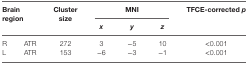
<table><thead><tr><td rowspan="2" colspan="2"><b>Brain region</b></td><td rowspan="2"><b>Cluster size</b></td><td colspan="3"><b>MNI</b></td><td rowspan="2"><b>TFCE-corrected <i>p</i></b></td></tr><tr><td><b><i>x</i></b></td><td><b><i>y</i></b></td><td><b><i>z</i></b></td></tr></thead><tbody><tr><td>R</td><td>ATR</td><td>272</td><td>3</td><td>−5</td><td>10</td><td>&lt;0.001</td></tr><tr><td>L</td><td>ATR</td><td>153</td><td>−6</td><td>−3</td><td>−1</td><td>&lt;0.001</td></tr></tbody></table>